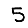
Digit: 5